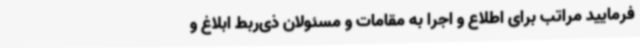
فرمایید مراتب برای اطلاع و اجرا به مقامات و مسئولان ذی‌ربط ابلاغ و